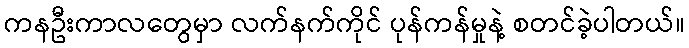
ကနဦးကာလတွေမှာ လက်နက်ကိုင် ပုန်ကန်မှုနဲ့ စတင်ခဲ့ပါတယ်။